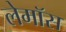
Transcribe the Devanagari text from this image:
लेमॉस